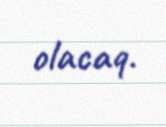
olacaq.